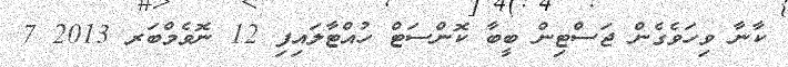
ކާނާ ވިހަވެގެން ޖަސްޓިން ބީބާ ކޮންސަޓް ހުއްޓާލައިފި 12 ނޮވެމްބަރ 2013 7